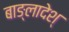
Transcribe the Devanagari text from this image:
बाङ्लादेश्